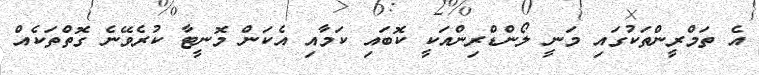
އެ ތަމްރީންތަކުގައި މަނީ ލޯންޑްރިންއަކީ ކޮބައި ކަމާއި އެކަން މޮނީޓާ ކުރެވޭނެ ގޮތްތަކެއް